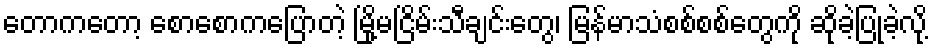
တောကတော့ စောစောကပြောတဲ့ မြို့မငြိမ်းသီချင်းတွေ၊ မြန်မာသံစစ်စစ်တွေကို ဆိုခဲ့ပြုခဲ့လို့